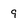
Character: 9